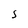
Character: S